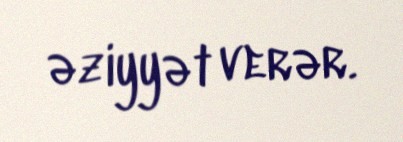
əziyyət verər.